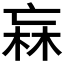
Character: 𭪑